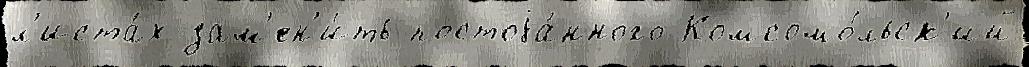
л'иста́х зам'ен'и́ть постоjа́нного Комсомо́льск'ий